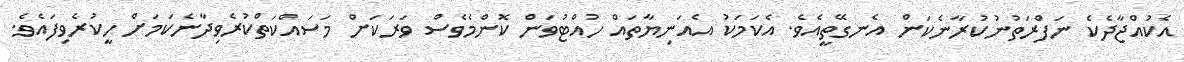
އެކުއްޖާދެކެ ނަފްރަތުނުކުރާނެކަން އެނގޭތީއެވެ. އެކަމަކު އެއަނިޔާތައް ހުއްޓުވަން ކޮންމެވެސް ވަރަކަށް މަސައްކަތްކުރެވިދާނެކަމަށް ހީކުރެވިފައެވެ.